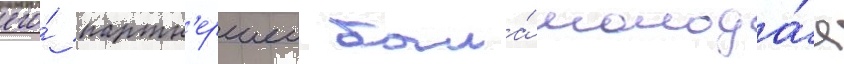
его́ партн'ершеи была́ молода́я